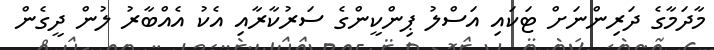
މާދަމާގެ ދަރިންނަށް ޓަކައި އަސްލު ޕިންކީންގެ ސަރުކާރާއި އެކު އެއްބާރު ލުން ދީގެން